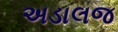
અડાલજ